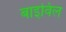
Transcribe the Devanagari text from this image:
बाइविल